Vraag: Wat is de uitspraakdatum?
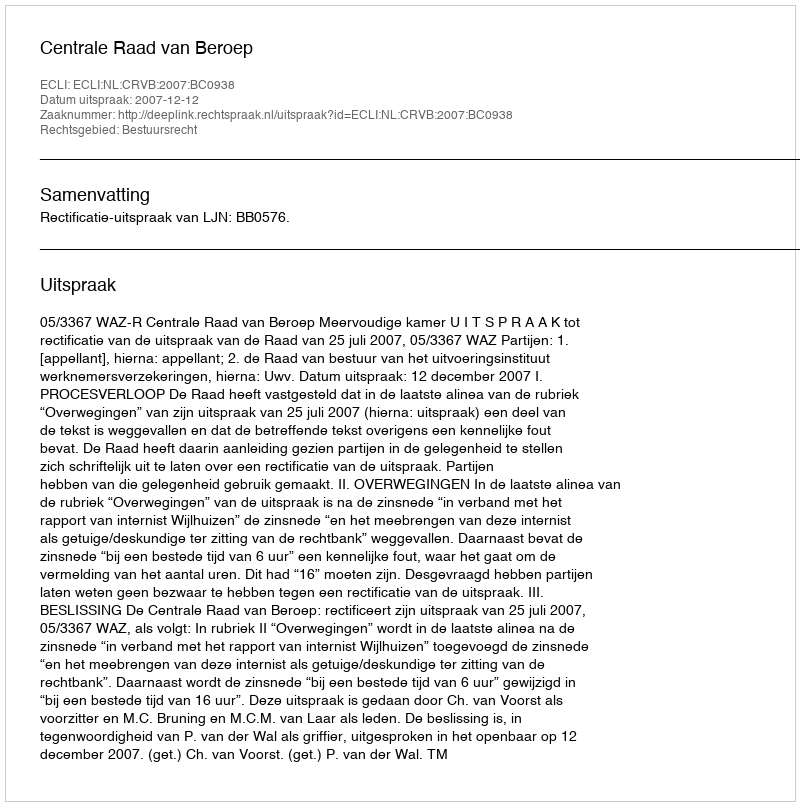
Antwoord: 2007-12-12